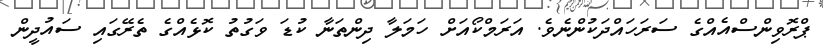
ޕްރޮވިންސްއެއްގެ ސަރަހައްދަކުންނެވެ. އަރަމްކޯއަށް ހަމަލާ ދިންތަނާ ކުޑަ ވަގުތު ކޮޅެއްގެ ތެރޭގައި ސައުދީން